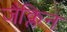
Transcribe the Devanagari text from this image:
जैक्लिन